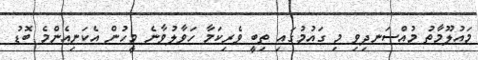
މައުލޫމާތު މުއްސަނދިވި މި ގައުމުގައި ތިބީ ވެރިކަމާ ހަވާލުވާނެ މީހުން އެކަނިއެންމެ ބޮޑު